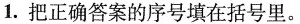
1.把正确答案的序号填在括号里。